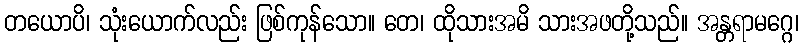
တယောပိ၊ သုံးယောက်လည်း ဖြစ်ကုန်သော။ တေ၊ ထိုသားအမိ သားအဖတို့သည်။ အန္တရာမဂ္ဂေ၊